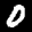
Label: 0